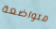
متواضعة